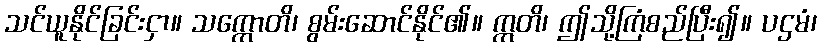
သင်ယူနိုင်ခြင်းငှာ။ သက္ကောတိ၊ စွမ်းဆောင်နိုင်၏။ ဣတိ၊ ဤသို့ကြံစည်ပြီး၍။ ပဌမံ၊